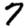
Digit: 7